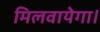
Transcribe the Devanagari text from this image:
मिलवायेगा।